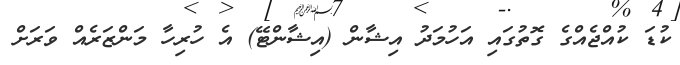
ކުޑަ ކުއްޖެއްގެ ގޮތުގައި އަހުމަދު އިޝާން (އިޝާންޓޭ) އެ ހުރިހާ މަންޒަރެއް ވަރަށް